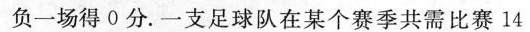
负一场得0分。一支足球队在某个赛季共需比赛14